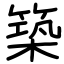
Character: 築